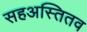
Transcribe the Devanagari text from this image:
सहअस्तितव